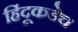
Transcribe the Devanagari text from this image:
हिंदूकडेच